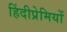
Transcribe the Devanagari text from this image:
हिंदीप्रेमियों